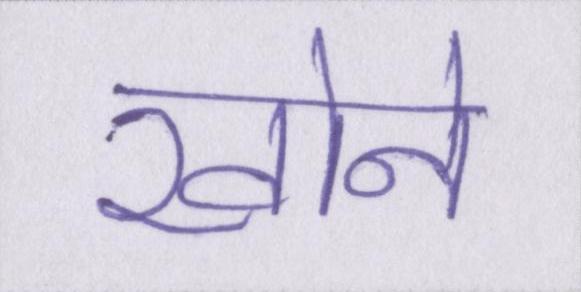
खोने